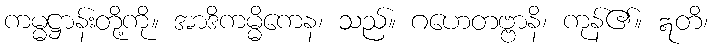
ကမ္မဋ္ဌာန်းတို့ကို။ အာဒိကမ္မိကေန၊ သည်။ ဂဟေတဗ္ဗာနိ၊ ကုန်၏။ ဣတိ၊